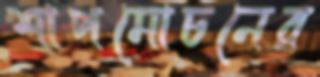
শাপমোচনের